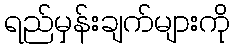
ရည်မှန်းချက်များကို